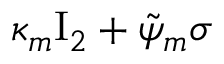
\kappa _ { m } \ensuremath { \mathrm { I } _ { 2 } } + \tilde { \psi } _ { m } \sigma